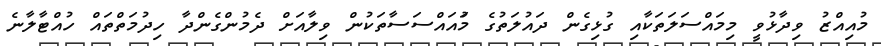
މުއިއްޒު ވިދާޅުވީ މިމައްސަލަތަކާއި ގުޅިގެން ދައުލަތުގެ މުައައްސަސާތަކުން ވިލާއަށް ދެމުންގެންދާ ހިދުމަތްތައް ހުއްޓާލާނެ